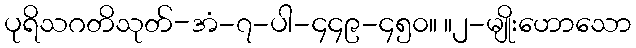
ပုရိသဂတိသုတ်-အံ-၇-ပါ-၄၄၉-၄၅၀။ ။၂-မျိုးဟောသော